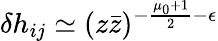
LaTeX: \delta h_{ij}\simeq(z\bar{z})^{-\frac{\mu_{0}+1}{2}-\epsilon}